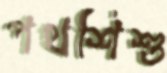
পথশিশু